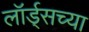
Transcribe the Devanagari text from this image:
लॉर्ड्‌सच्या